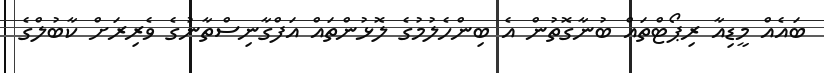
ބައެއް މީޑިއާ ރިޕޯޓްތައް ބުނާގޮތުން އެ ބިންހެލުމުގެ ލޮޅުންތައް އަފްގާނިސްތާނުގެ ވެރިރަށް ކާބުލްގެ